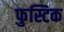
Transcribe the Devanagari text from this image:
फुस्टिक